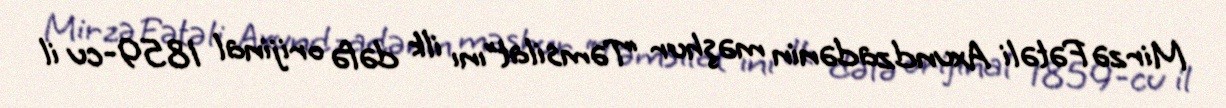
Mirzə Fətəli Axundzadənin məşhur “Təmsilat”ını ilk dəfə orijinal 1859-cu il